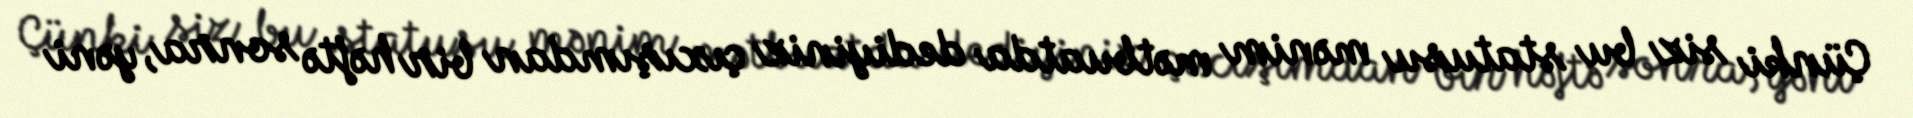
Çünki siz bu statusu mənim mətbuatda dediyiniz çıxışımdan bir həftə sonra, yəni